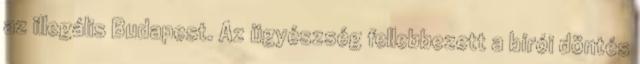
az illegális Budapest. Az ügyészség fellebbezett a bírói döntés